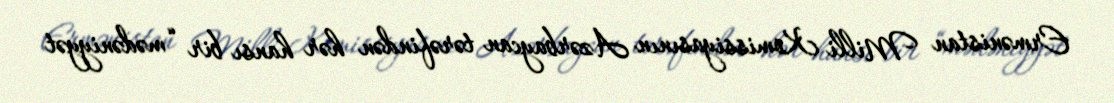
Ermənistan Milli Komissiyasının Azərbaycan tərəfindən hər hansı bir “mədəniyyət